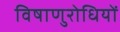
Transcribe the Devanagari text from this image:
विषाणुरोधियों